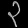
Digit: ၃